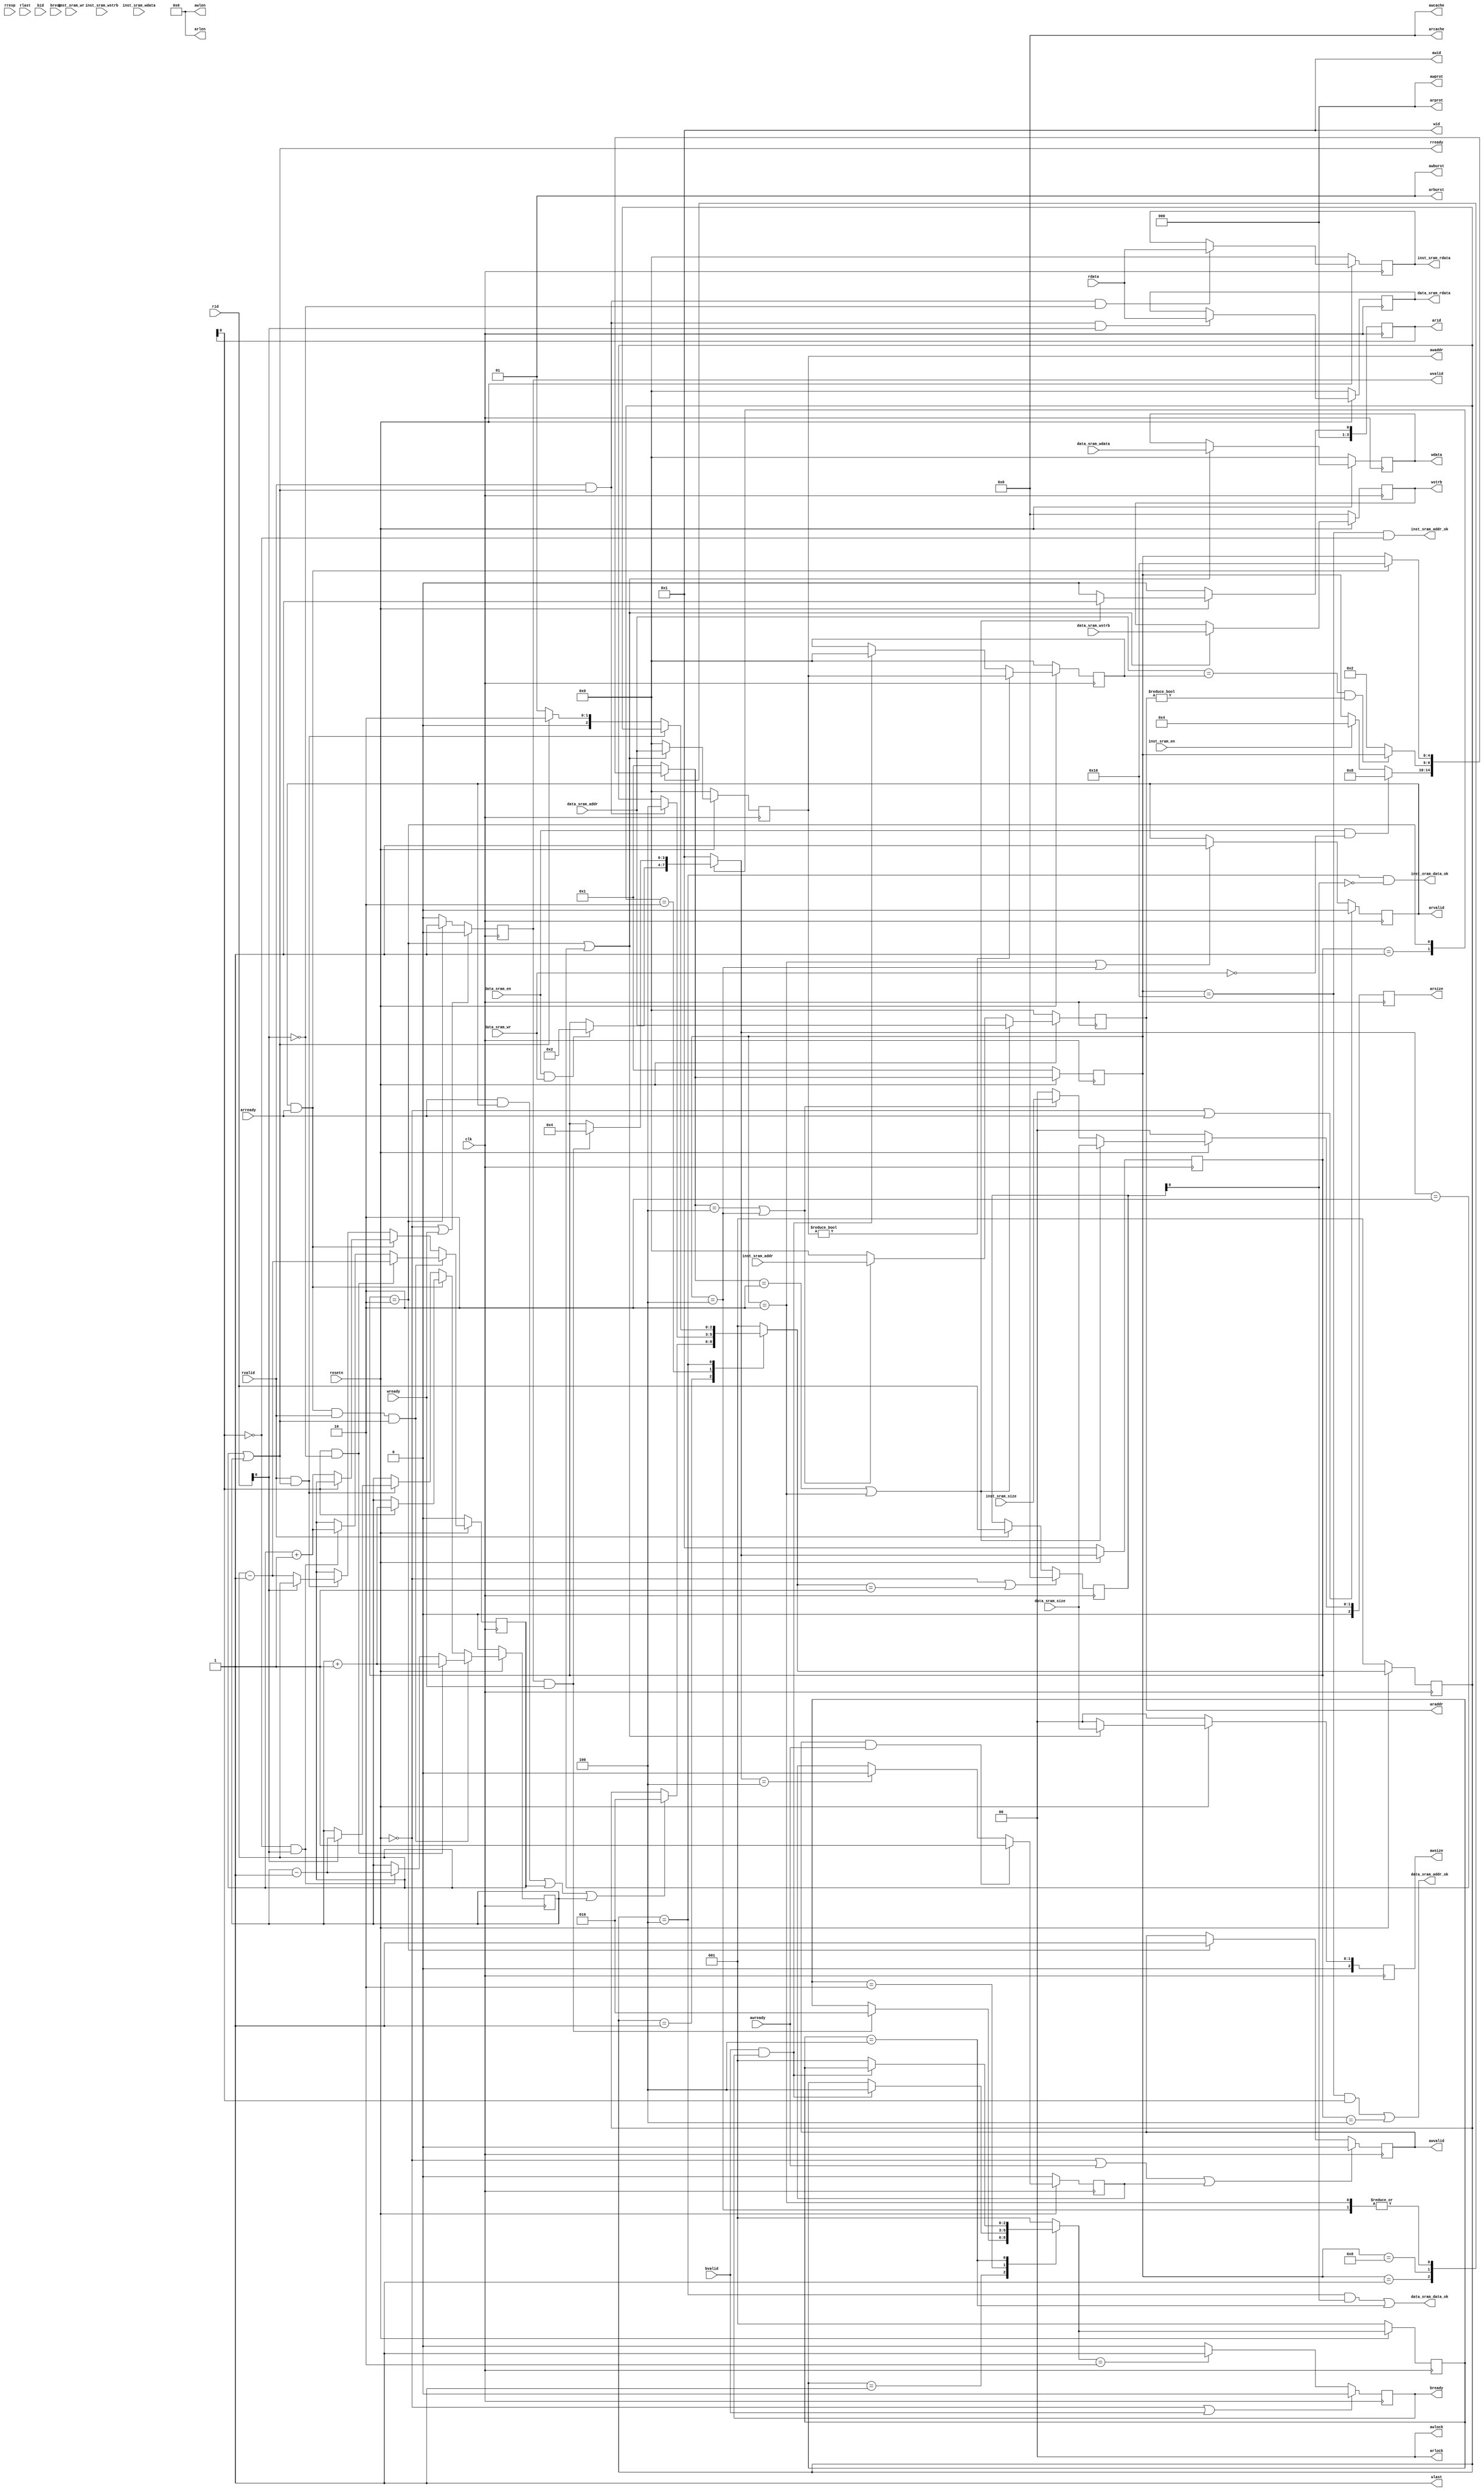
module transfer_bridge(
    input wire         clk    ,
    input wire         resetn ,
 
    // ar 
    output wire    [ 3:0] arid   , // master -> slave
    output wire    [31:0] araddr , // master -> slave
    output wire    [ 7:0] arlen  , // master -> slave, 8'b0
    output wire    [ 2:0] arsize , // master -> slave
    output wire    [ 1:0] arburst, // master -> slave, 2'b1
    output wire    [ 1:0] arlock , // master -> slave, 2'b0
    output wire    [ 3:0] arcache, // master -> slave, 4'b0
    output wire    [ 2:0] arprot , // master -> slave, 3'b0
    output wire           arvalid, // master -> slave
    input  wire           arready, // slave  -> master

    // r
    input  wire    [ 3:0] rid   , // slave  -> master
    input  wire    [31:0] rdata , // slave  -> master
    input  wire    [ 1:0] rresp , // slave  -> master, ignore
    input  wire           rlast , // slave  -> master, ignore
    input  wire           rvalid, // slave  -> master
    output wire           rready, // master -> slave

    // aw
    output wire    [ 3:0] awid   , // master -> slave, 4'b1
    output wire    [31:0] awaddr , // master -> slave
    output wire    [ 7:0] awlen  , // master -> slave, 8'b0
    output wire    [ 2:0] awsize , // master -> slave
    output wire    [ 1:0] awburst, // master -> slave, 2'b1
    output wire    [ 1:0] awlock , // master -> slave, 2'b0
    output wire    [ 3:0] awcache, // master -> slave, 4'b0
    output wire    [ 2:0] awprot , // master -> slave, 3'b0
    output wire           awvalid, // master -> slave
    input  wire           awready, // slave  -> master

    // w
    output wire    [ 3:0] wid   , // master -> slave, 4'b1
    output wire    [31:0] wdata , // master -> slave
    output wire    [ 3:0] wstrb , // master -> slave
    output wire           wlast , // master -> slave, 1'b1
    output wire           wvalid, // master -> slave
    input  wire           wready, // slave  -> master

    // b
    input  wire   [ 3:0] bid   , // slave  -> master, ignore
    input  wire   [ 1:0] bresp , // slave  -> master, ignore
    input  wire          bvalid, // slave  -> master
    output wire          bready, // master -> slave

    // inst sram interface    
    input  wire          inst_sram_en    ,
    input  wire          inst_sram_wr     ,
    input  wire   [ 1:0] inst_sram_size   ,
    input  wire   [ 3:0] inst_sram_wstrb  ,
    input  wire   [31:0] inst_sram_addr   ,
    input  wire   [31:0] inst_sram_wdata  ,
    output wire   [31:0] inst_sram_rdata  ,
    output wire          inst_sram_addr_ok,
    output wire          inst_sram_data_ok,
    
    // data sram interface
    input  wire          data_sram_en    ,
    input  wire          data_sram_wr     ,
    input  wire   [ 3:0] data_sram_wstrb  ,
    input  wire   [ 1:0] data_sram_size   , 
    input  wire   [31:0] data_sram_addr   ,
    input  wire   [31:0] data_sram_wdata  ,
    output wire   [31:0] data_sram_rdata  ,
    output wire          data_sram_addr_ok,
    output wire          data_sram_data_ok
);










    wire reset;
    assign reset = ~resetn;

    // ar
    reg  [3:0] arid_reg;
    reg [31:0] araddr_reg;
    reg  [2:0] arsize_reg;
    reg        arvalid_reg;
    assign arid = arid_reg;
    assign araddr = araddr_reg;
    assign arsize = arsize_reg;
    assign arvalid = arvalid_reg;
    assign arlen    = 8'b0;
    assign arburst  = 2'b1;
    assign arlock   = 2'b0;
    assign arcache  = 4'b0;
    assign arprot   = 3'b0;

    // r
    assign rready = r_business_cnt_inst != 1'b0 || r_business_cnt_data != 1'b0;

    // aw
    reg [31:0] awaddr_reg;
    reg [2:0]  awsize_reg;
    reg        awvalid_reg;
    assign awaddr = awaddr_reg;
    assign awsize = awsize_reg;
    assign awvalid = awvalid_reg;
    assign awid     = 4'b1;
    assign awlen    = 8'b0;
    assign awburst  = 2'b1;
    assign awlock   = 2'b0;
    assign awcache  = 4'b0;
    assign awprot   = 3'b0;

    // w
    reg [31:0] wdata_reg;
    reg [3:0]  wstrb_reg;
    reg        wvalid_reg;
    assign wdata = wdata_reg;
    assign wstrb = wstrb_reg;
    assign wvalid = wvalid_reg;
    assign wid      = 4'b1;
    assign wlast    = 1'b1;

    //b
    reg bready_reg;
    assign bready = bready_reg;










    // state machine

    parameter READ_REQ_RST          = 5'b00001; // 1
    parameter READ_DATA_REQ_START   = 5'b00010; // 2
    parameter READ_INST_REQ_START   = 5'b00100; // 4
    parameter READ_DATA_REQ_CHECK   = 5'b01000; // 8
    parameter READ_REQ_END          = 5'b10000; // 16

    parameter READ_DATA_RST         = 3'b001; // 1
    parameter READ_DATA_START       = 3'b010; // 2
    parameter READ_DATA_END         = 3'b100; // 8

    parameter WRITE_RST             = 3'b001; // 1
    parameter WRITE_START           = 3'b010; // 2
    parameter WRITE_END             = 3'b100; // 8

    parameter WRITE_RSP_RST         = 3'b001; // 1
    parameter WRITE_RSP_START       = 3'b010; // 2
    parameter WRITE_RSP_END         = 3'b100; // 8

    reg  [ 4:0] rreq_curr_state;
    reg  [ 4:0] rreq_next_state;
    reg  [ 2:0] rdata_curr_state;
    reg  [ 2:0] rdata_next_state;
    reg  [ 3:0] wrd_curr_state;
    reg  [ 3:0] wrd_next_state;
    reg  [ 2:0] wrsp_curr_state;
    reg  [ 2:0] wrsp_next_state;

    reg r_business_cnt_inst;
    reg r_business_cnt_data;
    
    
    
    //--------------------the 1st segment of state machine--------------------


    always @(posedge clk) begin
        if(reset) begin
            rreq_curr_state <= READ_REQ_RST;
            rdata_curr_state <= READ_DATA_RST;
            wrd_curr_state <= WRITE_RST;
            wrsp_curr_state <= WRITE_RSP_RST;
        end    
        else begin
            rreq_curr_state <= rreq_next_state;
            rdata_curr_state <= rdata_next_state;
            wrd_curr_state <= wrd_next_state;
            wrsp_curr_state <= wrsp_next_state;
        end 
    end
    
    
    
    
    
    //--------------------the 2nd segment of state machine--------------------



    //----------read request----------
    
    always @(*) begin
        case(rreq_curr_state)
            READ_REQ_RST: begin
                if(data_sram_en & ~data_sram_wr)
                    rreq_next_state = READ_DATA_REQ_CHECK;
                else if(inst_sram_en)
                    rreq_next_state = READ_INST_REQ_START;
                else
                    rreq_next_state = rreq_curr_state;
            end
            
            READ_DATA_REQ_CHECK: begin
                if(block)
                    rreq_next_state = rreq_curr_state;
                else
                    rreq_next_state = READ_DATA_REQ_START;
            end
            
            READ_DATA_REQ_START, READ_INST_REQ_START: begin
                if(arvalid & arready)
                    rreq_next_state = READ_REQ_END;
                else
                    rreq_next_state = rreq_curr_state;
            end
            
            READ_REQ_END: begin
                rreq_next_state = READ_REQ_RST;
            end
            default:
                rreq_next_state = READ_REQ_RST;
        endcase
    end



    //----------read data (response)----------

    always @(*) begin
        case(rdata_curr_state)
            READ_DATA_RST: begin
                if((arready && arvalid) || r_business_cnt_inst != 1'b0 || r_business_cnt_data != 1'b0)
                    rdata_next_state = READ_DATA_START;
                else 
                    rdata_next_state = rdata_curr_state;
            end

            READ_DATA_START: begin
                if(rvalid && rready)
                    rdata_next_state = READ_DATA_END;
                else 
                    rdata_next_state = rdata_curr_state;
                
            end

            READ_DATA_END: begin
                if(rvalid & rready)
                    rdata_next_state = rdata_curr_state;
                else if(r_business_cnt_inst != 1'b0 || r_business_cnt_data != 1'b0)
                    rdata_next_state = READ_DATA_START;
                else
                    rdata_next_state = READ_DATA_RST;
            end

            default:
                rdata_next_state = READ_DATA_RST;
        endcase
        
    end
    
    
    
    //----------write request & write data----------

    always @(*) begin
        case(wrd_curr_state)
            WRITE_RST: begin
                if(data_sram_en && data_sram_wr) 
                    wrd_next_state = WRITE_START;
                else 
                    wrd_next_state = wrd_curr_state;
            end

            WRITE_START: begin
                if(wvalid & wready)
                    wrd_next_state = WRITE_END;
                else
                    wrd_next_state = wrd_curr_state;
            end

            WRITE_END: begin
                wrd_next_state = WRITE_RST;   
            end
            
            default:
                wrd_next_state = WRITE_RST;
        endcase
    end
    
    
    
    //----------write response----------

    always @(*) begin
        case(wrsp_curr_state)
            WRITE_RSP_RST: begin
                if(wvalid & wready) 
                    wrsp_next_state = WRITE_RSP_START;
                else
                    wrsp_next_state = wrsp_curr_state;
            end

            WRITE_RSP_START: begin
                if(bvalid & bready)
                    wrsp_next_state = WRITE_RSP_END;
                else
                    wrsp_next_state = wrsp_curr_state;
            end

            WRITE_RSP_END: begin
                if(bvalid & bready)
                    wrsp_next_state = wrsp_curr_state;
                else
                    wrsp_next_state = WRITE_RSP_RST;
            end

            default:
                wrsp_next_state = WRITE_RSP_RST;
        endcase
    end
    
    
    
    
    
    //--------------------the 3rd segment of state machine--------------------
    
    
    
    // ar
    always @(posedge clk) begin
        if(reset) begin
            arid_reg <= 4'b0;
            araddr_reg <= 32'b0;
            arsize_reg <= 3'b0;
        end 
        else if(rreq_next_state == READ_DATA_REQ_START || rreq_curr_state == READ_DATA_REQ_START) begin
            arid_reg <= 4'b1;
            araddr_reg <= data_sram_addr;
            arsize_reg <= {1'b0, data_sram_size};
        end 
        else if(rreq_next_state == READ_INST_REQ_START || rreq_curr_state == READ_INST_REQ_START) begin
            arid_reg <= 4'b0;
            araddr_reg <= inst_sram_addr;
            arsize_reg <= {1'b0, inst_sram_size};
        end 
        else begin
            arid_reg <= 4'b0;
            araddr_reg <= 32'b0;
            arsize_reg <= 3'b0;
        end
    end

    always @(posedge clk) begin
        if(reset | arready)
            arvalid_reg <= 1'b0;
        else if(rreq_curr_state == READ_DATA_REQ_START || rreq_curr_state == READ_INST_REQ_START)
            arvalid_reg <= 1'b1;  
    end

    reg [3:0] rid_reg;
    always @(posedge clk) begin
        if(reset || rdata_next_state == READ_DATA_RST) 
            rid_reg <= 4'b0;
        else if(rvalid) 
            rid_reg <= rid;
       
    end

    //aw
    always @(posedge clk) begin
        if(reset) begin
            awaddr_reg <= 32'b0;
            awsize_reg <= 3'b0;
        end 
        else if(wrd_curr_state == WRITE_START || wrd_next_state == WRITE_START) begin
            awaddr_reg <= data_sram_addr;
            awsize_reg <= {1'b0, data_sram_size};
        end 
        else begin
            awaddr_reg <= 32'b0;
            awsize_reg <= 3'b0;
        end
    end
    
    // my
    reg [31:0] awaddr_block;
    always @(posedge clk) begin
        if(reset)
            awaddr_block <= 32'b0;
        else if(awaddr != 32'b0)
            awaddr_block <= awaddr;
        else if(bvalid & bready)
            awaddr_block <= 32'b0;
    end
    wire block;
    assign block = data_sram_addr == awaddr_block && araddr != 32'b0;

            
            
    
    reg write_pending;
    always @(posedge clk) begin
        if(reset | awready | write_pending)
            awvalid_reg <= 1'b0;
        else if(wrd_curr_state == WRITE_START)
            awvalid_reg <= 1'b1;
    end

    always @(posedge clk) begin
        if(reset) 
            write_pending <= 1'b0;
        else if(awvalid && awready)
            write_pending <= 1'b1;
        else if(wrd_next_state == WRITE_END)
            write_pending <= 1'b0;
    end
    
    //w
    always @(posedge clk) begin
        if(reset) begin
            wdata_reg <= 32'b0;
            wstrb_reg <= 4'b0;
        end 
        else if(wrd_curr_state == WRITE_START || wrd_next_state == WRITE_START) begin
            wdata_reg <= data_sram_wdata;
            wstrb_reg <= data_sram_wstrb;
        end 
    end

    always @(posedge clk) begin
        if(reset | wready)
            wvalid_reg <= 1'b0;
        else if(wrd_curr_state == WRITE_START) 
            wvalid_reg <= 1'b1;
        else 
            wvalid_reg <= 1'b0;
    end
    
    // b
    always @(posedge clk) begin
        if(reset | bvalid) 
            bready_reg <= 1'b0;
        else if(wrsp_next_state == WRITE_RSP_START)
            bready_reg <= 1'b1;
        else 
            bready_reg <= 1'b0;
    end
    


    always @(posedge clk) begin
        if(reset) begin
            r_business_cnt_inst <= 1'b0;
            r_business_cnt_data <= 1'b0;
        end
        else if(arready & arvalid & rvalid & rready) begin
            if(~arid[0] && ~rid[0])
                r_business_cnt_inst <= r_business_cnt_inst;
            if(arid[0] && rid[0])
                r_business_cnt_data <= r_business_cnt_data;
            if(~arid[0] && rid[0]) begin
                r_business_cnt_inst <= r_business_cnt_inst + 2'b1;
                r_business_cnt_data <= r_business_cnt_data - 2'b1;
            end 
            if(arid[0] && ~rid[0]) begin
                r_business_cnt_inst <= r_business_cnt_inst - 2'b1;
                r_business_cnt_data <= r_business_cnt_data + 2'b1;
            end
        end
        else if(arready & arvalid) begin
            if(~arid[0])
                r_business_cnt_inst <= r_business_cnt_inst + 2'b1;
            if(arid[0])
                r_business_cnt_data <= r_business_cnt_data + 2'b1;
        end
        else if (rvalid & rready) begin
            if(~rid[0])
                r_business_cnt_inst <= r_business_cnt_inst - 2'b1;
            if(rid[0])
                r_business_cnt_data <= r_business_cnt_data - 2'b1;
        end
    end


    

    assign inst_sram_addr_ok = rreq_curr_state == READ_REQ_END && ~arid[0];
    assign inst_sram_data_ok = rdata_curr_state == READ_DATA_END && ~rid_reg[0];
    assign data_sram_addr_ok = (rreq_curr_state == READ_REQ_END && arid[0]) || (wrd_curr_state == WRITE_END); //read or write
    assign data_sram_data_ok = (rdata_curr_state == READ_DATA_END && rid_reg[0]) || (wrsp_curr_state == WRITE_RSP_END); //read or write

    reg [31:0] inst_sram_buf;
    reg [31:0] data_sram_buf;
    
    always @(posedge clk) begin
        if(reset) 
            inst_sram_buf <= 32'b0;
        else if(rvalid && rready && ~rid[0]) 
            inst_sram_buf <= rdata;
    end

    always @(posedge clk) begin 
        if(reset) 
            data_sram_buf <= 32'b0;
        else if(rvalid && rready && rid[0]) 
            data_sram_buf <= rdata;
    end

    assign inst_sram_rdata = inst_sram_buf;
    assign data_sram_rdata = data_sram_buf;


endmodule